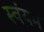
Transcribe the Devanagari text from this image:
स्‍वंयम